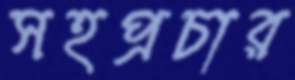
সহপ্রচার